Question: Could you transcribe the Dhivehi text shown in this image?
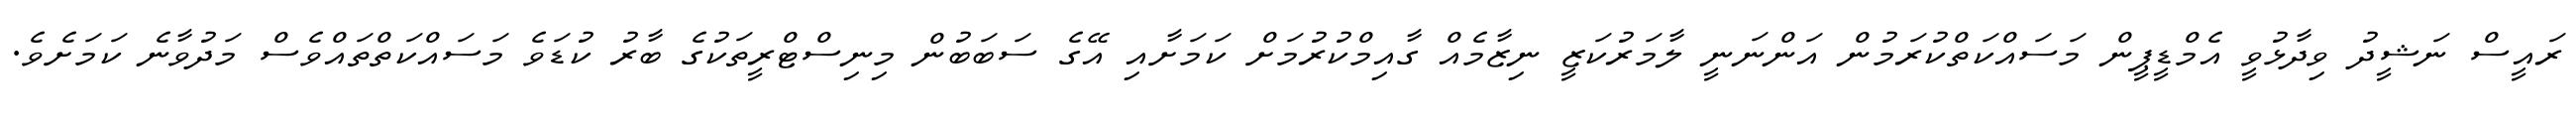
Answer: ރައީސް ނަޝީދު ވިދާޅުވީ އެމްޑީޕީން މަސައްކަތްކުރަމުން އަންނަނީ ލާމަރުކަޒީ ނިޒާމެއް ގާއިމްކުރުމަށް ކަމަށާއި އޭގެ ސަބަބުން މިނިސްޓްރީތަކުގެ ބާރު ކުޑަވެ މަސައްކަތްތައްވެސް މަދުވާނެ ކަމަށެވެ.